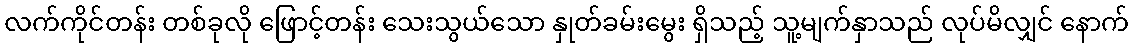
လက်ကိုင်တန်း တစ်ခုလို ဖြောင့်တန်း သေးသွယ်သော နှုတ်ခမ်းမွေး ရှိသည့် သူ့မျက်နှာသည် လုပ်မိလျှင် နောက်